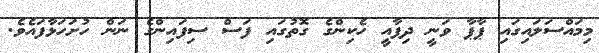
މިމައްސަލައިގައި ޕާޕާ ވަނީ ދިފާއީ ހެކިންގެ ގޮތުގައި ފަސް ސިފައިންގެ ނަން ހުށަހަޅާފައެވެ.